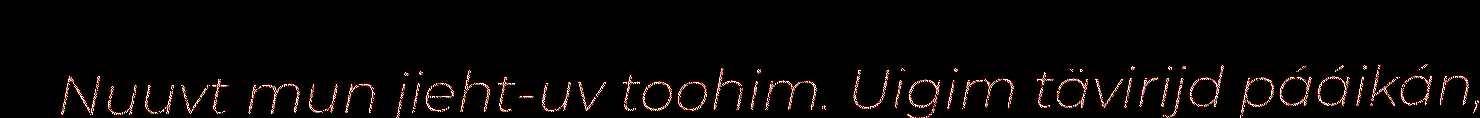
Nuuvt mun jieht-uv toohim. Uigim tävirijd pááikán,